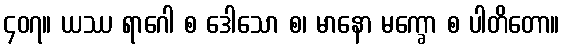
၄၀၇။ ယဿ ရာဂေါ စ ဒေါသော စ၊ မာနော မက္ခော စ ပါတိတော။